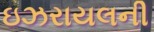
ઇઝરાયલની